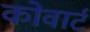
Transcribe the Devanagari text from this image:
कोवार्ट